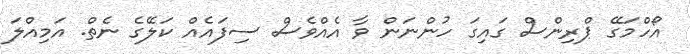
އޯހްމަގޭ ޕްރިންސް ގައިގަ ހުންނަން ވާ އެއްވެސް ސިފައެއް ކަލޭގެ ނެތް. އަމިއްލަ